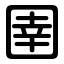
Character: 圉